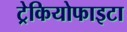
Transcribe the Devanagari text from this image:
ट्रेकियोफाइटा